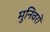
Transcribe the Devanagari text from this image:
मुनिवरों